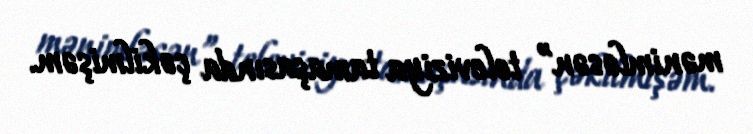
mənimləsən” televiziya tamaşasında çəkilmişəm.